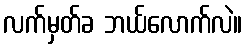
လက်မှတ်ခ ဘယ်လောက်လဲ။